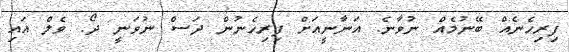
ފިރިހެނެއް ބޭނުމެއް ނުވާނެ. އަނާނީއަށް ފިރިހެނުން ދަސް ނުވަނީ ދޯ. ވެލް އައި